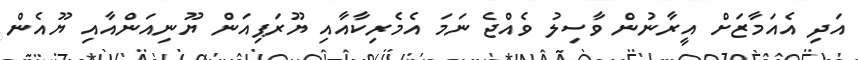
އަދި އެއަމާޒަށް އީރާނުން ވާސިލު ވެއްޖެ ނަމަ އެމެރިކާއާއި ޔޫރަޕިއަން ޔޫނިއަންއާއި ޔޫއެން